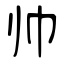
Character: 帅